Civil Veterinary Dept. Bombay admin report 1932-41 - 1932-1941
Year: 1932
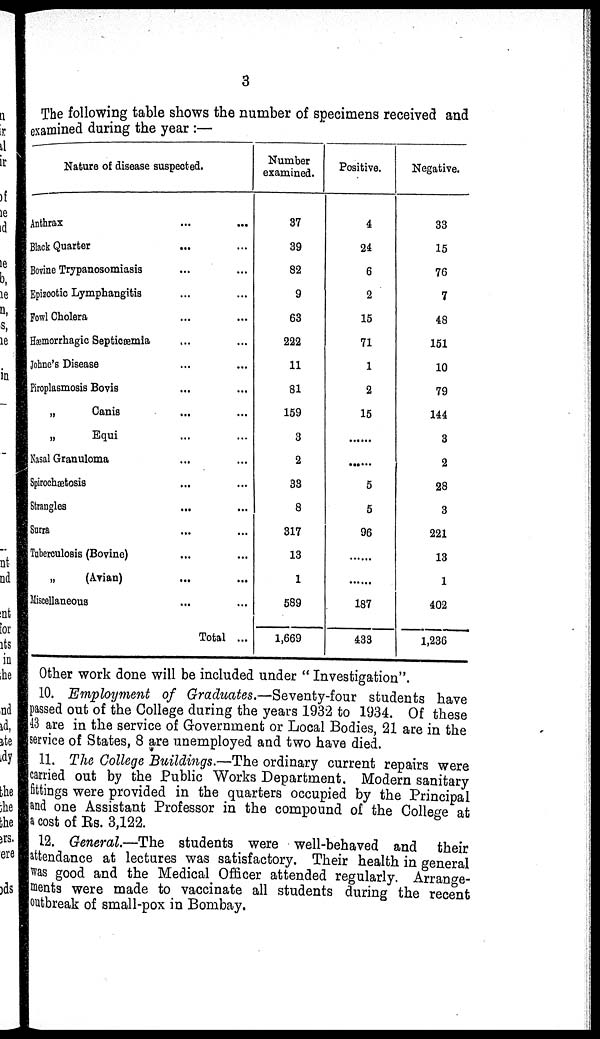
3
The following table shows the number of specimens received and
examined during the year :—
Nature of disease suspected.
Anthrax ... ...
Black Quarter ... ...
Bovine Trypanosomiasis ... ...
Epizootic Lymphangitis ... ...
Fowl Cholera ... ...
Hæmorrhagic Septicæmia ... ...
Johne's Disease ... ...
Piroplasmosis Bovis ... ...
„ Canis ... ...
„
Equi ... ...
Nasal Granuloma ... ...
Spirochætosis ... ...
Strangles
... ...
Surra ... ...
Tuberculosis (Bovine) ... ...
„
(Avian) ... ...
Miscellaneous ... ...
Total ...
Number
examined.
37
39
82
9
63
222
11
81
159
3
2
33
8
317
13
1
589
1,669
Positive.
4
24
6
2
15
71
1
2
15
......
......
5
5
96
......
......
187
433
Negative.
33
15
76
7
48
151
10
79
144
3
2
28
3
221
13
1
402
1,236
Other work done will be included under " Investigation".
10. Employment of Graduates.—Seventy-four students have
passed out of the College during the years 1932 to 1934. Of these
43 are in the service of Government or Local Bodies, 21 are in the
service of States, 8 are unemployed and two have died.
11. The College Buildings.—The ordinary current repairs were
carried out by the Public Works Department. Modern sanitary
fittings were provided in the quarters occupied by the Principal
and one Assistant Professor in the compound of the College at
a cost of Rs. 3,122.
12. General.—The students were well-behaved and their
attendance at lectures was satisfactory. Their health in general
was good and the Medical Officer attended regularly. Arrange-
ments were made to vaccinate all students during the recent
outbreak of small-pox in Bombay.